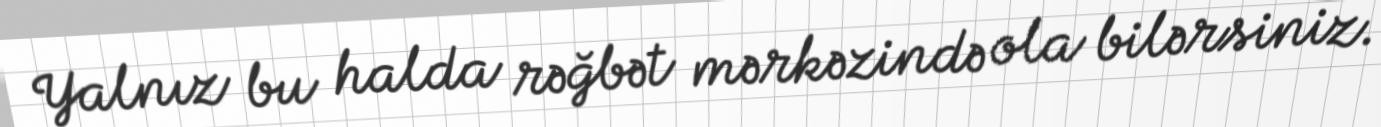
Yalnız bu halda rəğbət mərkəzində ola bilərsiniz.